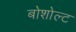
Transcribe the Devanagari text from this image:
बोशोल्ट